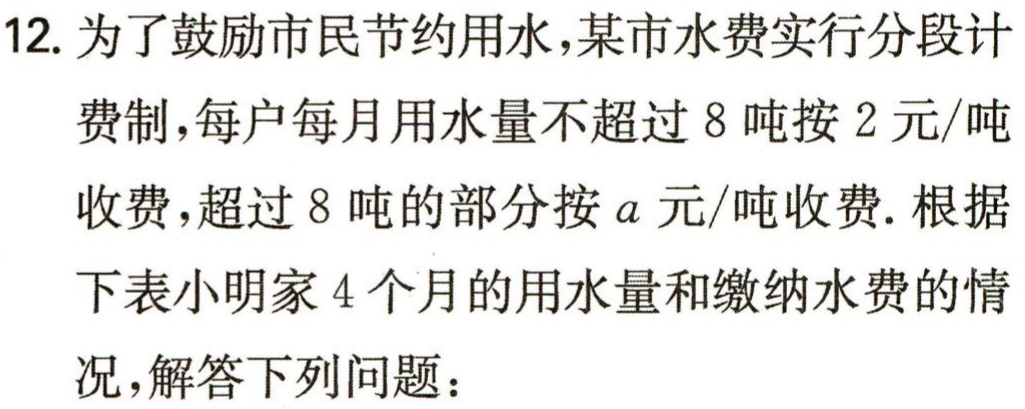
12. 为了鼓励市民节约用水，某市水费实行分段计费制，每户每月用水量不超过 8 吨按 2 元/吨收费，超过 8 吨的部分按 \(a\) 元/吨收费. 根据下表小明家 4 个月的用水量和缴纳水费的情况，解答下列问题：